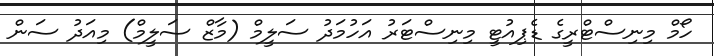
ހޯމް މިނިސްޓްރީގެ ޑެޕިއުޓީ މިނިސްޓަރު އަހުމަދު ސަލީމް (މާޒް ސަލީމް) މިއަދު ސަން